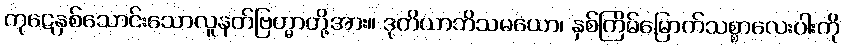
ကုဋေနှစ်သောင်းသောလူနတ်ဗြဟ္မာတို့အား။ ဒုတိယာဘိသမယော၊ နှစ်ကြိမ်မြောက်သစ္စာလေးပါးကို